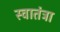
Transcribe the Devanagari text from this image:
स्वातंत्रा